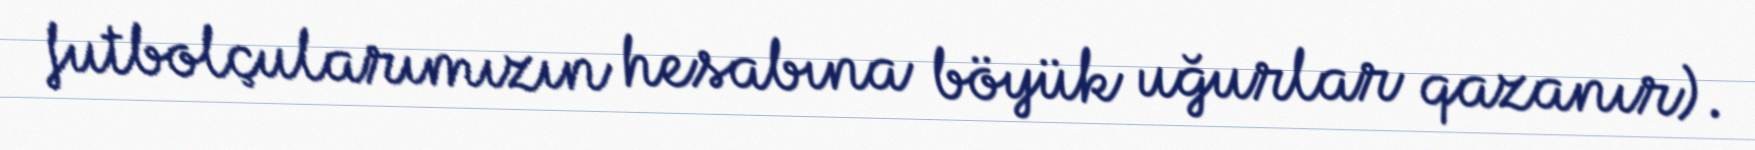
futbolçularımızın hesabına böyük uğurlar qazanır).